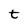
Character: t